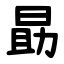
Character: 勗